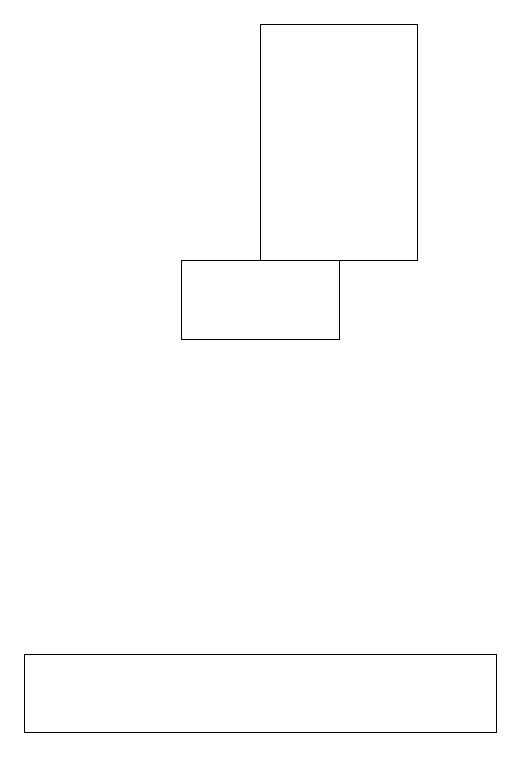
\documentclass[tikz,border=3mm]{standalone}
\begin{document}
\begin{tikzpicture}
\draw (2,11) rectangle (8,10);
\draw (7,16) rectangle (5,19);
\draw (6,16) rectangle (4,15);
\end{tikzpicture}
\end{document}